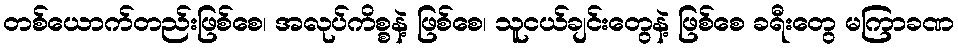
တစ်ယောက်တည်းဖြစ်စေ၊ အလုပ်ကိစ္စနဲ့ ဖြစ်စေ၊ သူငယ်ချင်းတွေနဲ့ ဖြစ်စေ ခရီးတွေ မကြာခဏ